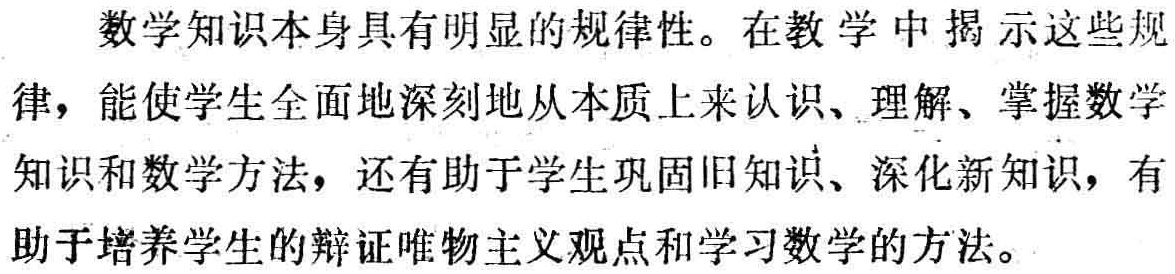
数学知识本身具有明显的规律性。在教学中揭示这些规律，能使学生全面地深刻地从本质上来认识、理解、掌握数学知识和数学方法，还有助于学生巩固旧知识、深化新知识，有助于培养学生的辩证唯物主义观点和学习数学的方法。